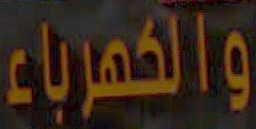
والكهرباء